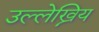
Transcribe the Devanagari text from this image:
उल्लेख्निय